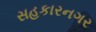
સહકારનગર